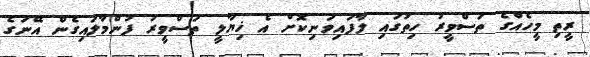
ރީތި މީހެއްގެ ތަސްވީރު ހިތުގައި ލާފައިވަނިކޮށް އެ ޚިޔާލީ ތަސްވީރު ފުންމާލައިގެން އޭނަގެ